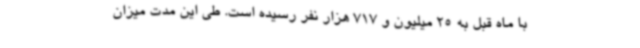
با ماه قبل به 25 میلیون و 717 هزار نفر رسیده است. طی این مدت میزان